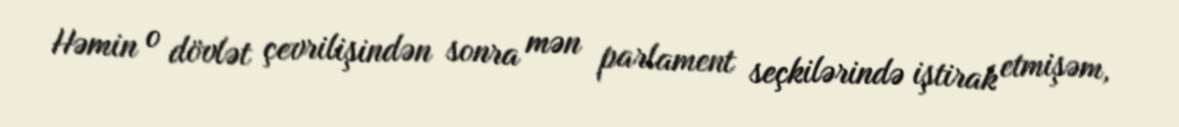
Həmin o dövlət çevrilişindən sonra mən parlament seçkilərində iştirak etmişəm,